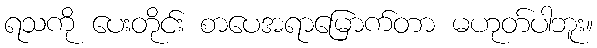
ရသကို ပေးတိုင်း စာပေအရာမြောက်တာ မဟုတ်ပါဘူး။